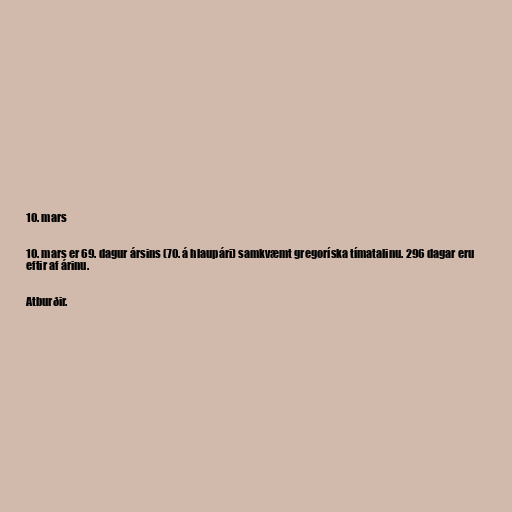
10. mars

10. mars er 69. dagur ársins (70. á hlaupári) samkvæmt gregoríska tímatalinu. 296 dagar eru
eftir af árinu.

Atburðir.